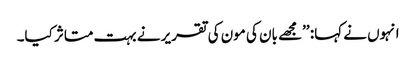
انہوں نے کہا: ’’مجھے بان کی مون کی تقریر نے بہت متاثر کیا۔